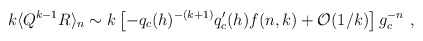
\begin{align*}k\langle Q^{k-1} R\rangle_{n}\sim k \left[ -q_c(h)^{-(k+1)}q_c'(h) f(n,k)+ {\cal O}({1/k})\right]g_c^{-n}\ ,\end{align*}